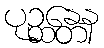
ပုဉ္ဆန္တေန